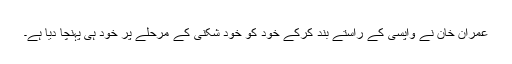
عمران خان نے واپسی کے راستے بند کرکے خود کو خود شکنی کے مرحلے پر خود ہی پہنچا دیا ہے۔